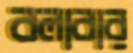
বলাবার